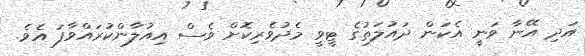
އަދި އޭނާ ވަނީ އެކަން ދައުލަަތުގެ ޓީވީ މެދުވެރިކޮށް ވެސް އިއުލާންކުރައްވާފަ އެވެ.